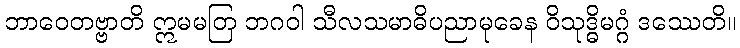
ဘာဝေတဗ္ဗာတိ ဣမမတြ ဘဂဝါ သီလသမာဓိပညာမုခေန ဝိသုဒ္ဓိမဂ္ဂံ ဒဿေတိ။